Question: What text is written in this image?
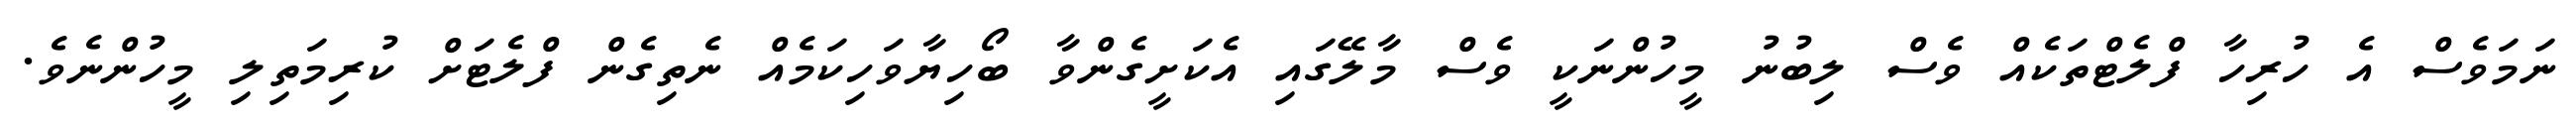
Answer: ނަމަވެސް އެ ހުރިހާ ފްލެޓްތަކެއް ވެސް ލިބުނު މީހުންނަކީ ވެސް މާލޭގައި އެކަށީގެންވާ ބޯހިޔާވަހިކަމެއް ނެތިގެން ފްލެޓަށް ކުރިމަތިލި މީހުންނެވެ.